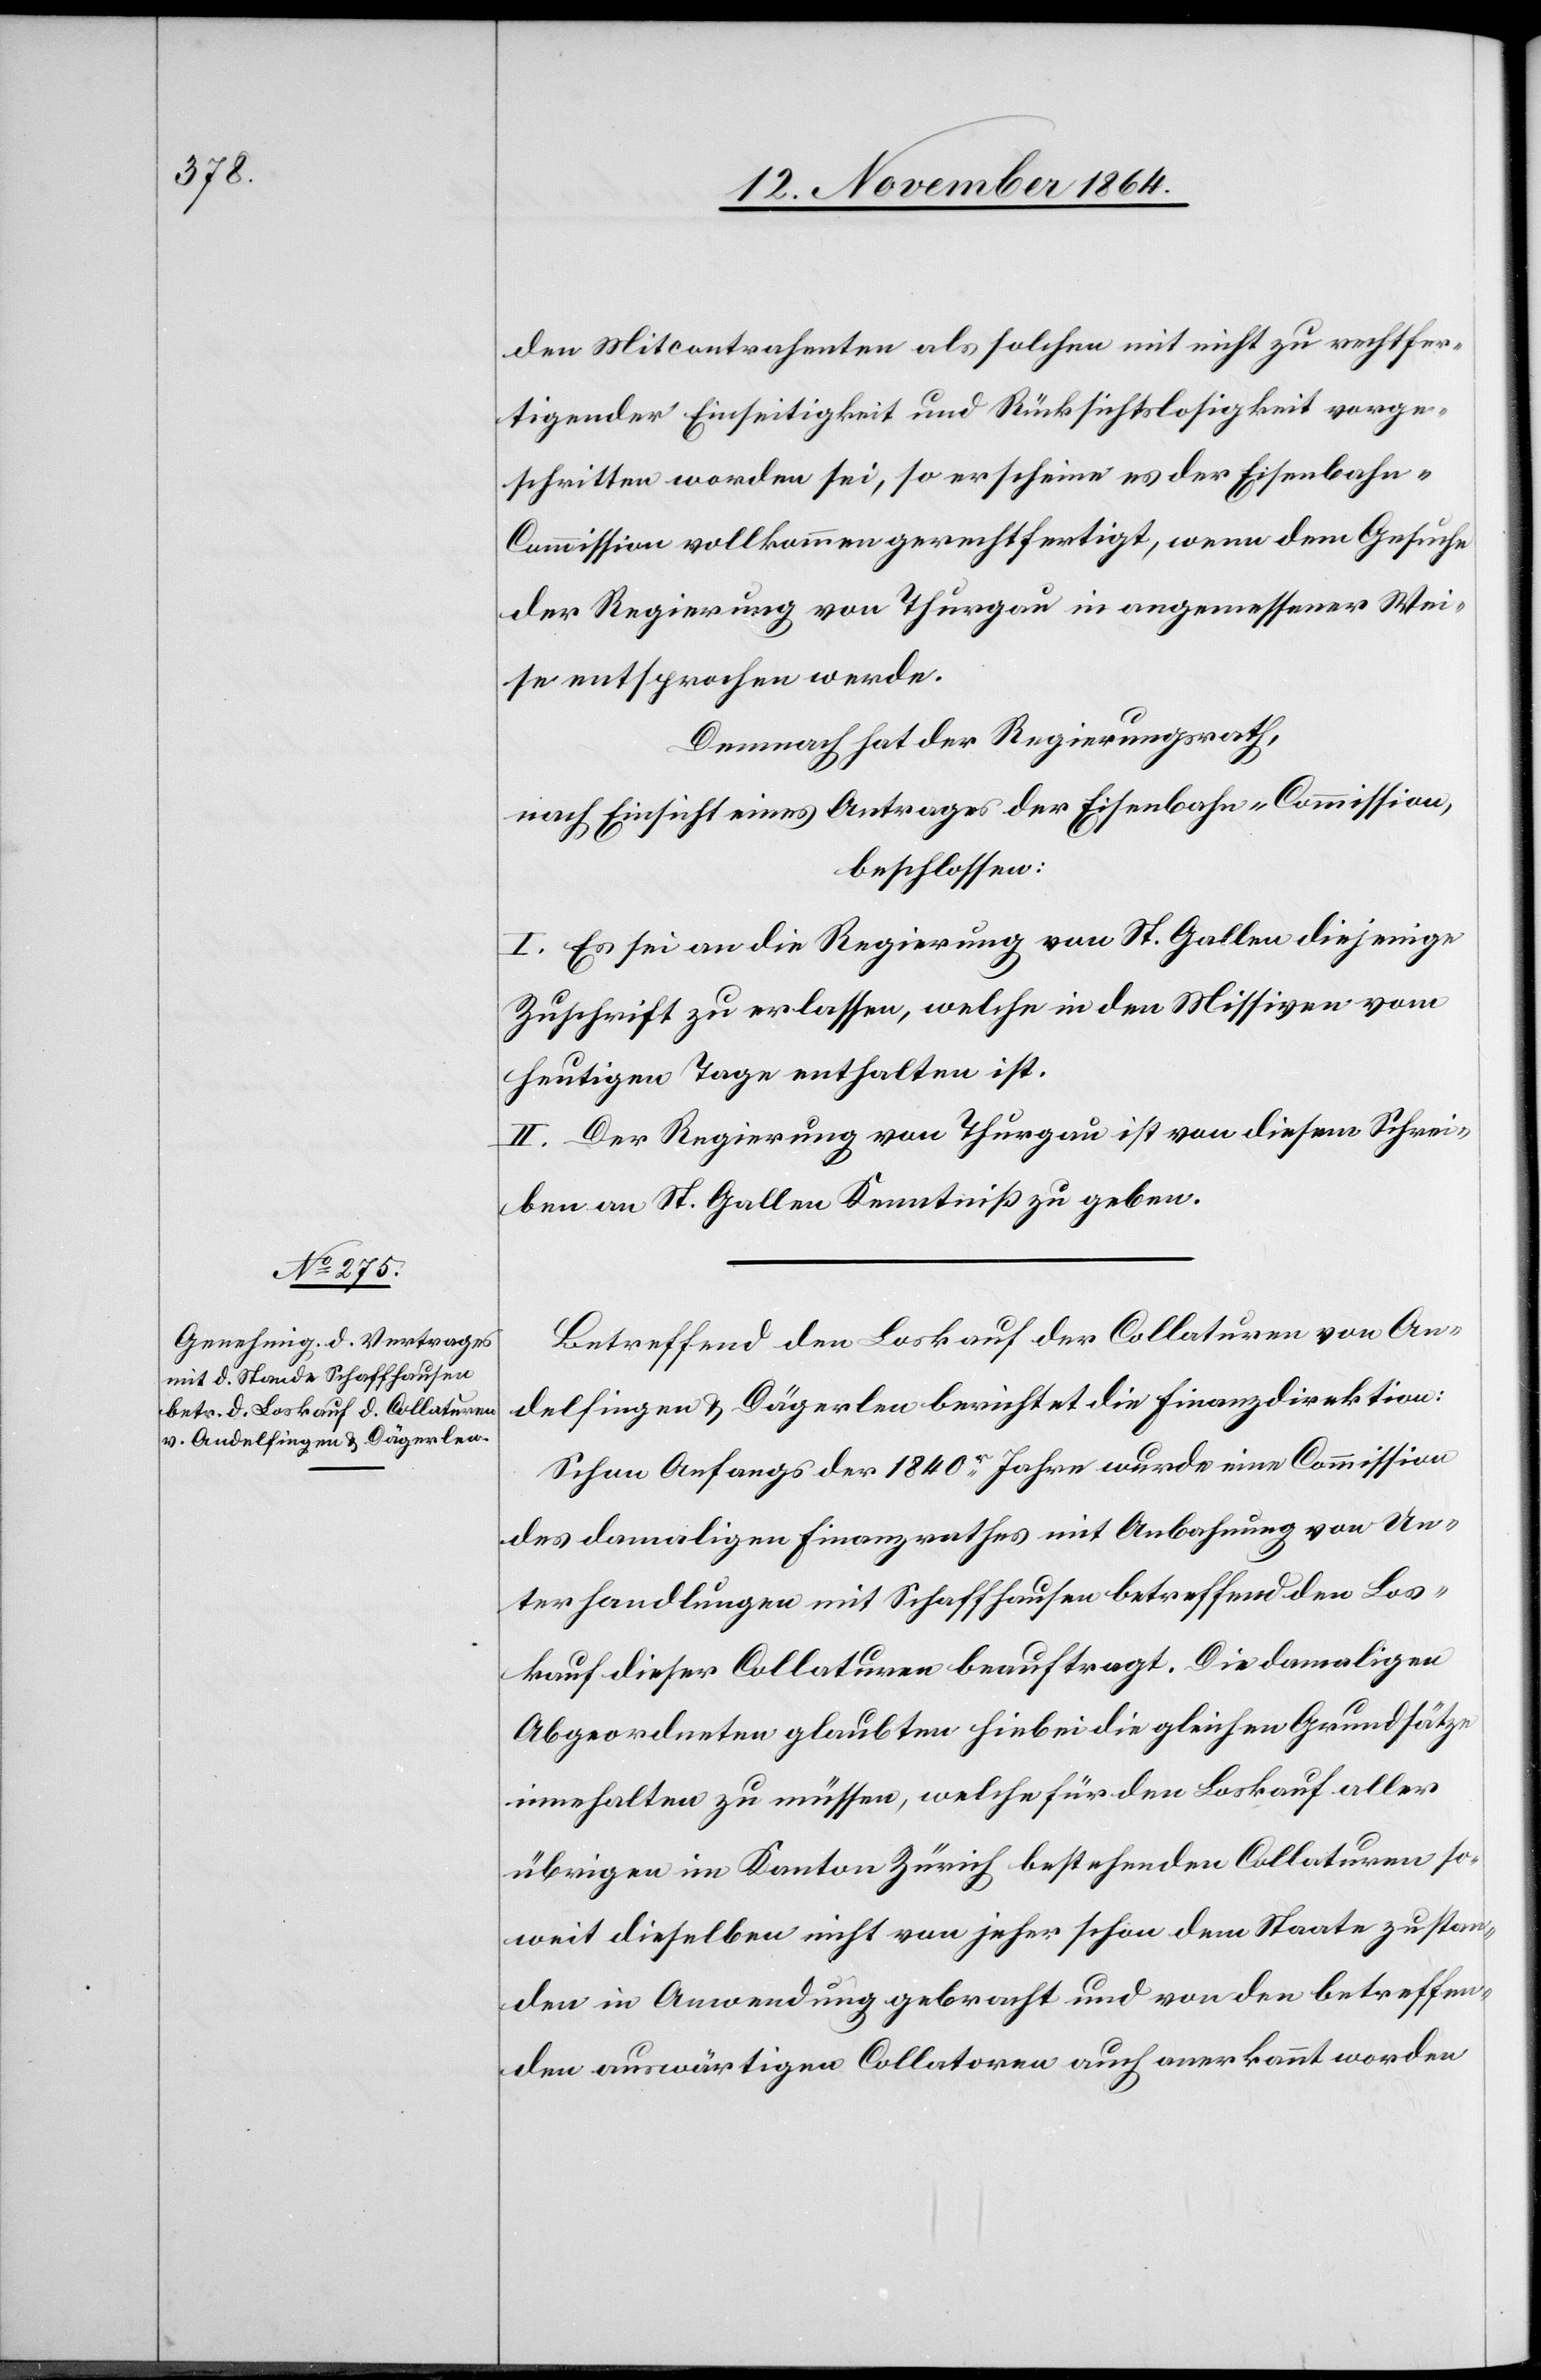
den Mitcontrahenten als solche mit nicht zu rechtfer¬
tigender Einseitigkeit und Rücksichtslosigkeit vorge¬
schritten worden sei, so erscheine es der Eisenbahn-C¬
ommission vollkommen gerechtfertigt, wenn dem Gesuche
der Regierung von Thurgau in angemessener Wei¬
se entsprochen werde.
Demnach hat der Regierungsrath,
nach Einsicht eines Antrages der Eisenbahn-Commission,
beschlossen:
I. Es sei an die Regierung von St. Gallen diejenige
Zuschrift zu erlassen, welche in den Missiven vom
heutigen Tage enthalten ist.
II. Der Regierung von Thurgau ist von diesem Schrei¬
ben an St. Gallen Kenntniß zu geben.
Betreffend den Loskauf der Collaturen von An¬
delfingen & Dägerlen berichtet die Finanzdirektion:
Schon Angangs der 1840er Jahre wurde eine Commission
des damaligen Finanzrathes mit Anbahnung von Un¬
terhandlungen mit Schaffhausen betreffend den Los¬
kauf dieser Collaturen beauftragt. Die damaligen
Abgeordneten glaubten hiebei die gleichen Grundsätze
einhalten zu müssen, welche für den Loskauf aller
übrigen im Kanton Zürich bestehenden Collaturen so¬
weit dieselben nicht von jeher schon dem Staate zustan¬
den in Anwendung gebracht und von den betreffen¬
den auswärtigen Collaturen anerkannt worden